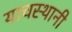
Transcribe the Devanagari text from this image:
याचस्थानी